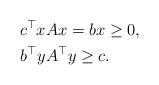
LaTeX: \begin{align*} c^\top x & Ax = b x\ge 0,\\ b^\top y & A^\top y \ge c. \end{align*}